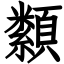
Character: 纇